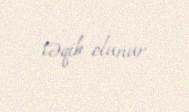
təqib olunur.